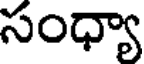
సంధ్యా